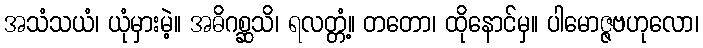
အသံသယံ၊ ယုံမှားမဲ့။ အဓိဂစ္ဆသိ၊ ရလတ္တံ့။ တတော၊ ထိုနောင်မှ။ ပါမောဇ္ဇဗဟုလော၊